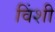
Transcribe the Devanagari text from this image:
विंशी